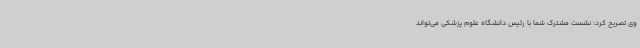
وی تصریح کرد: نشست مشترک شما با رئیس دانشگاه علوم پزشکی می‌تواند